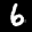
Label: 6